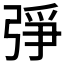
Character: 𢏰